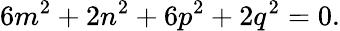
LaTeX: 6m^{2}+2n^{2}+6p^{2}+2q^{2}=0.